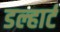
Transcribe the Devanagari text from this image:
डल्हार्ट